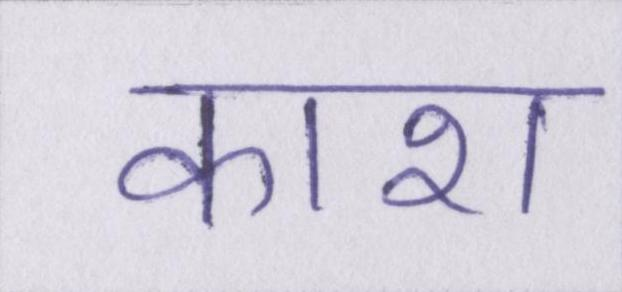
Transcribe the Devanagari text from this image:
काश